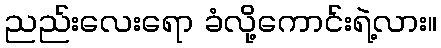
ညည်းလေးရော ခံလို့ကောင်းရဲ့လား။